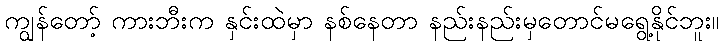
ကျွန်တော့် ကားဘီးက နှင်းထဲမှာ နစ်နေတာ နည်းနည်းမှတောင်မရွေ့နိုင်ဘူး။